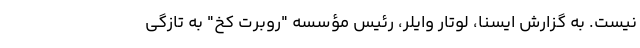
نیست. به گزارش ایسنا، لوتار وایلر، رئیس مؤسسه "روبرت کخ" به تازگی